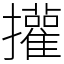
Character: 㩲